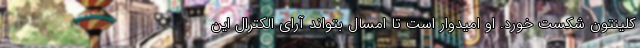
کلینتون شکست خورد. او امیدوار است تا امسال بتواند آرای الکترال این